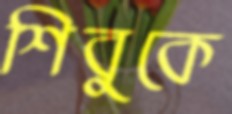
শিবুকে